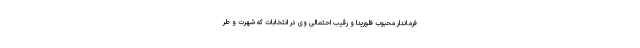
فرماندار محبوب فلوریدا و رقیب احتمالی وی در انتخابات که شهرت و طر